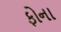
ફોના